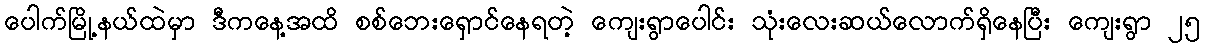
ပေါက်မြို့နယ်ထဲမှာ ဒီကနေ့အထိ စစ်ဘေးရှောင်နေရတဲ့ ကျေးရွာပေါင်း သုံးလေးဆယ်လောက်ရှိနေပြီး ကျေးရွာ ၂၅